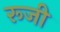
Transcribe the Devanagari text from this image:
रूजी